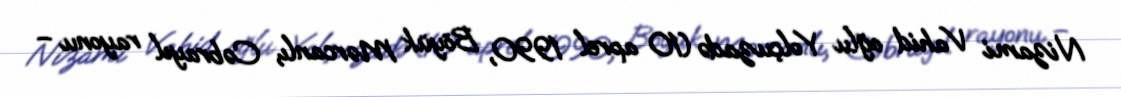
Nizami Vahid oğlu Yolçuzadə (10 aprel 1990, Böyük Mərcanlı, Cəbrayıl rayonu –